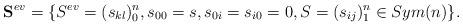
LaTeX: \begin{align*}\bold S^{ev}=\{S^{ev}=(s_{kl})_0^n,s_{00}=s,s_{0i}=s_{i0}=0,S=(s_{ij})^n_1\in Sym(n)\}.\end{align*}